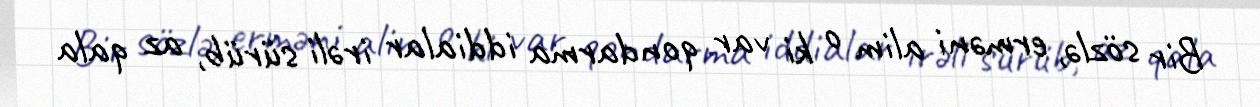
Bir sözlə, erməni alim o ki var qondarma iddialar irəli sürüb, az qala